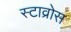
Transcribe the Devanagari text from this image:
स्टाव्रोस